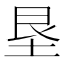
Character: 垦